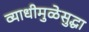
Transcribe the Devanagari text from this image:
व्याधीमुळेसुद्धा